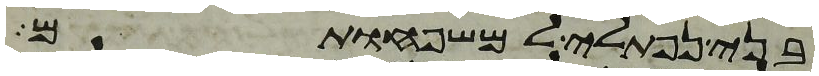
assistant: בני נפתלי למשפחותם